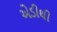
એડીથી